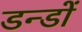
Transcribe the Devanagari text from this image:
डन्डों